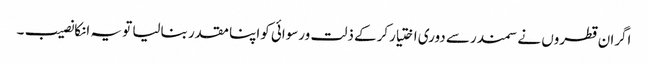
اگران قطروں نے سمندرسے دوری اختیارکرکے ذلت ورسوائی کواپنا مقدر بنالیا تو یہ انکانصیب ۔